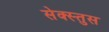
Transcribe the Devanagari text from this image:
सेक्स्तुस